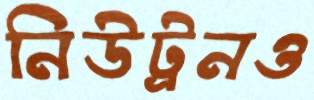
নিউট্রনও